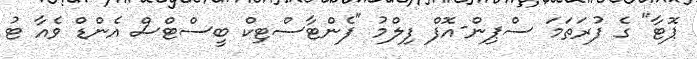
ޕޮޓާ" ގެ ފުރަތަމަ ސްޕިން-އޮފް ފިލްމު "ފެންޓާސްޓިކް ބީސްޓްސް އެންޑް ވެއާ ޓު